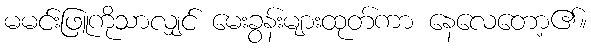
မမင်းဖြူကိုသာလျှင် မေးခွန်းများထုတ်ကာ နေလေတော့၏။